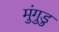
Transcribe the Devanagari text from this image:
मुंगुडु